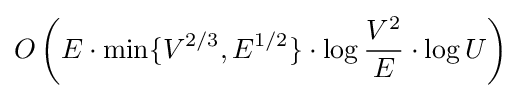
O\left(E\cdot \min\{V^{2/3},E^{1/2}\}\cdot \log {\frac {V^{2}}{E}}\cdot \log U\right)